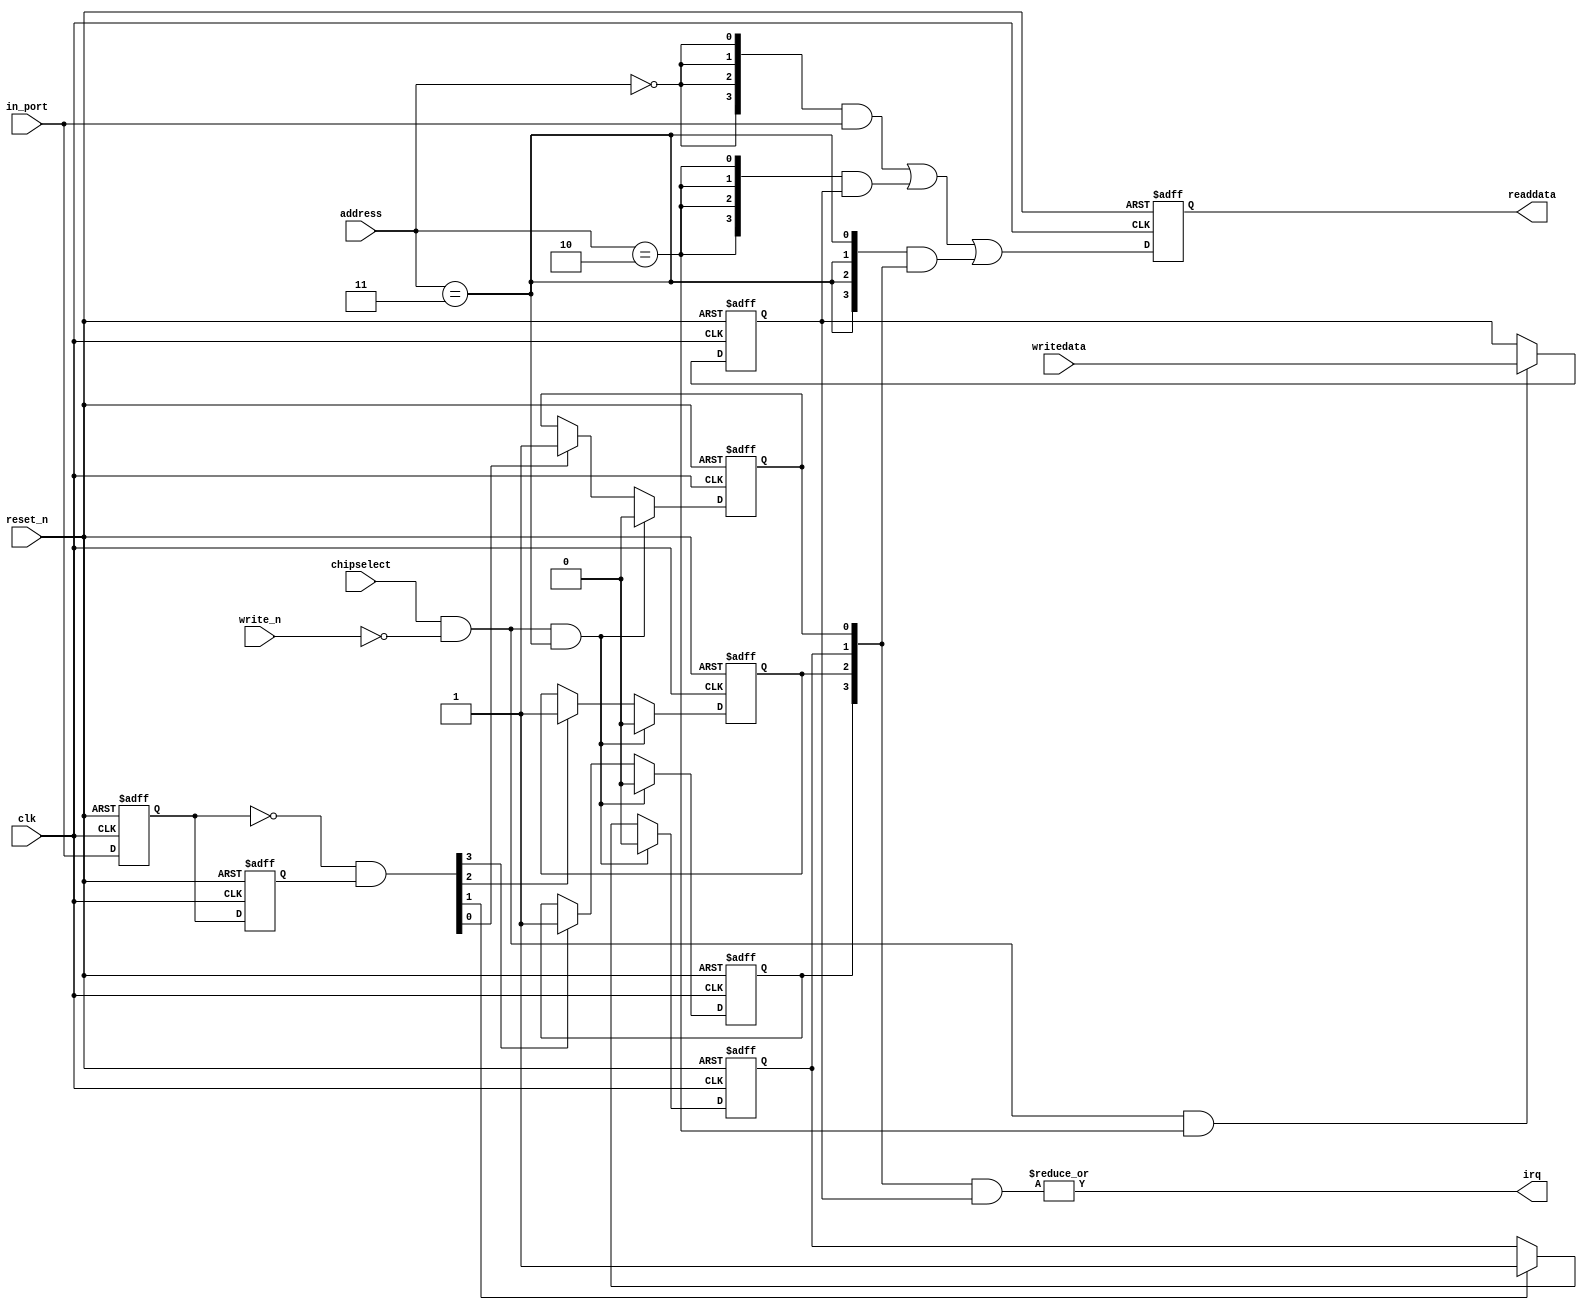
//Legal Notice: (C)2006 Altera Corporation. All rights reserved.  Your
//use of Altera Corporation's design tools, logic functions and other
//software and tools, and its AMPP partner logic functions, and any
//output files any of the foregoing (including device programming or
//simulation files), and any associated documentation or information are
//expressly subject to the terms and conditions of the Altera Program
//License Subscription Agreement or other applicable license agreement,
//including, without limitation, that your use is for the sole purpose
//of programming logic devices manufactured by Altera and sold by Altera
//or its authorized distributors.  Please refer to the applicable
//agreement for further details.

// synthesis translate_off
`timescale 1ns / 1ps
// synthesis translate_on

// turn off superfluous verilog processor warnings 
// altera message_level Level1 
// altera message_off 10034 10035 10036 10037 10230 10240 10030 

module button_pio (
                    // inputs:
                     address,
                     chipselect,
                     clk,
                     in_port,
                     reset_n,
                     write_n,
                     writedata,

                    // outputs:
                     irq,
                     readdata
                  )
;

  output           irq;
  output  [  3: 0] readdata;
  input   [  1: 0] address;
  input            chipselect;
  input            clk;
  input   [  3: 0] in_port;
  input            reset_n;
  input            write_n;
  input   [  3: 0] writedata;

  wire             clk_en;
  reg     [  3: 0] d1_data_in;
  reg     [  3: 0] d2_data_in;
  wire    [  3: 0] data_in;
  reg     [  3: 0] edge_capture;
  wire             edge_capture_wr_strobe;
  wire    [  3: 0] edge_detect;
  wire             irq;
  reg     [  3: 0] irq_mask;
  wire    [  3: 0] read_mux_out;
  reg     [  3: 0] readdata;
  assign clk_en = 1;
  //s1, which is an e_avalon_slave
  assign read_mux_out = ({4 {(address == 0)}} & data_in) |
    ({4 {(address == 2)}} & irq_mask) |
    ({4 {(address == 3)}} & edge_capture);

  always @(posedge clk or negedge reset_n)
    begin
      if (reset_n == 0)
          readdata <= 0;
      else if (clk_en)
          readdata <= read_mux_out;
    end


  assign data_in = in_port;
  always @(posedge clk or negedge reset_n)
    begin
      if (reset_n == 0)
          irq_mask <= 0;
      else if (chipselect && ~write_n && (address == 2))
          irq_mask <= writedata[3 : 0];
    end


  assign irq = |(edge_capture & irq_mask);
  assign edge_capture_wr_strobe = chipselect && ~write_n && (address == 3);
  always @(posedge clk or negedge reset_n)
    begin
      if (reset_n == 0)
          edge_capture[0] <= 0;
      else if (clk_en)
          if (edge_capture_wr_strobe)
              edge_capture[0] <= 0;
          else if (edge_detect[0])
              edge_capture[0] <= -1;
    end


  always @(posedge clk or negedge reset_n)
    begin
      if (reset_n == 0)
          edge_capture[1] <= 0;
      else if (clk_en)
          if (edge_capture_wr_strobe)
              edge_capture[1] <= 0;
          else if (edge_detect[1])
              edge_capture[1] <= -1;
    end


  always @(posedge clk or negedge reset_n)
    begin
      if (reset_n == 0)
          edge_capture[2] <= 0;
      else if (clk_en)
          if (edge_capture_wr_strobe)
              edge_capture[2] <= 0;
          else if (edge_detect[2])
              edge_capture[2] <= -1;
    end


  always @(posedge clk or negedge reset_n)
    begin
      if (reset_n == 0)
          edge_capture[3] <= 0;
      else if (clk_en)
          if (edge_capture_wr_strobe)
              edge_capture[3] <= 0;
          else if (edge_detect[3])
              edge_capture[3] <= -1;
    end


  always @(posedge clk or negedge reset_n)
    begin
      if (reset_n == 0)
        begin
          d1_data_in <= 0;
          d2_data_in <= 0;
        end
      else if (clk_en)
        begin
          d1_data_in <= data_in;
          d2_data_in <= d1_data_in;
        end
    end


  assign edge_detect = ~d1_data_in & d2_data_in;

endmodule